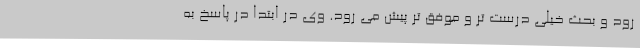
رود و بحث خیلی درست تر و موفق تر پیش می رود. وی در ابتدا در پاسخ به